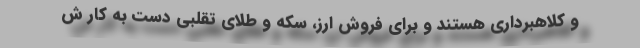
و کلاهبرداری هستند و برای فروش ارز، سکه و طلای تقلبی دست به کار ش